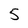
Character: 5